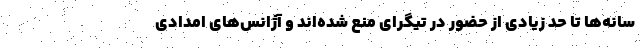
سانه‌ها تا حد زیادی از حضور در تیگرای منع شده‌اند و آژانس‌های امدادی